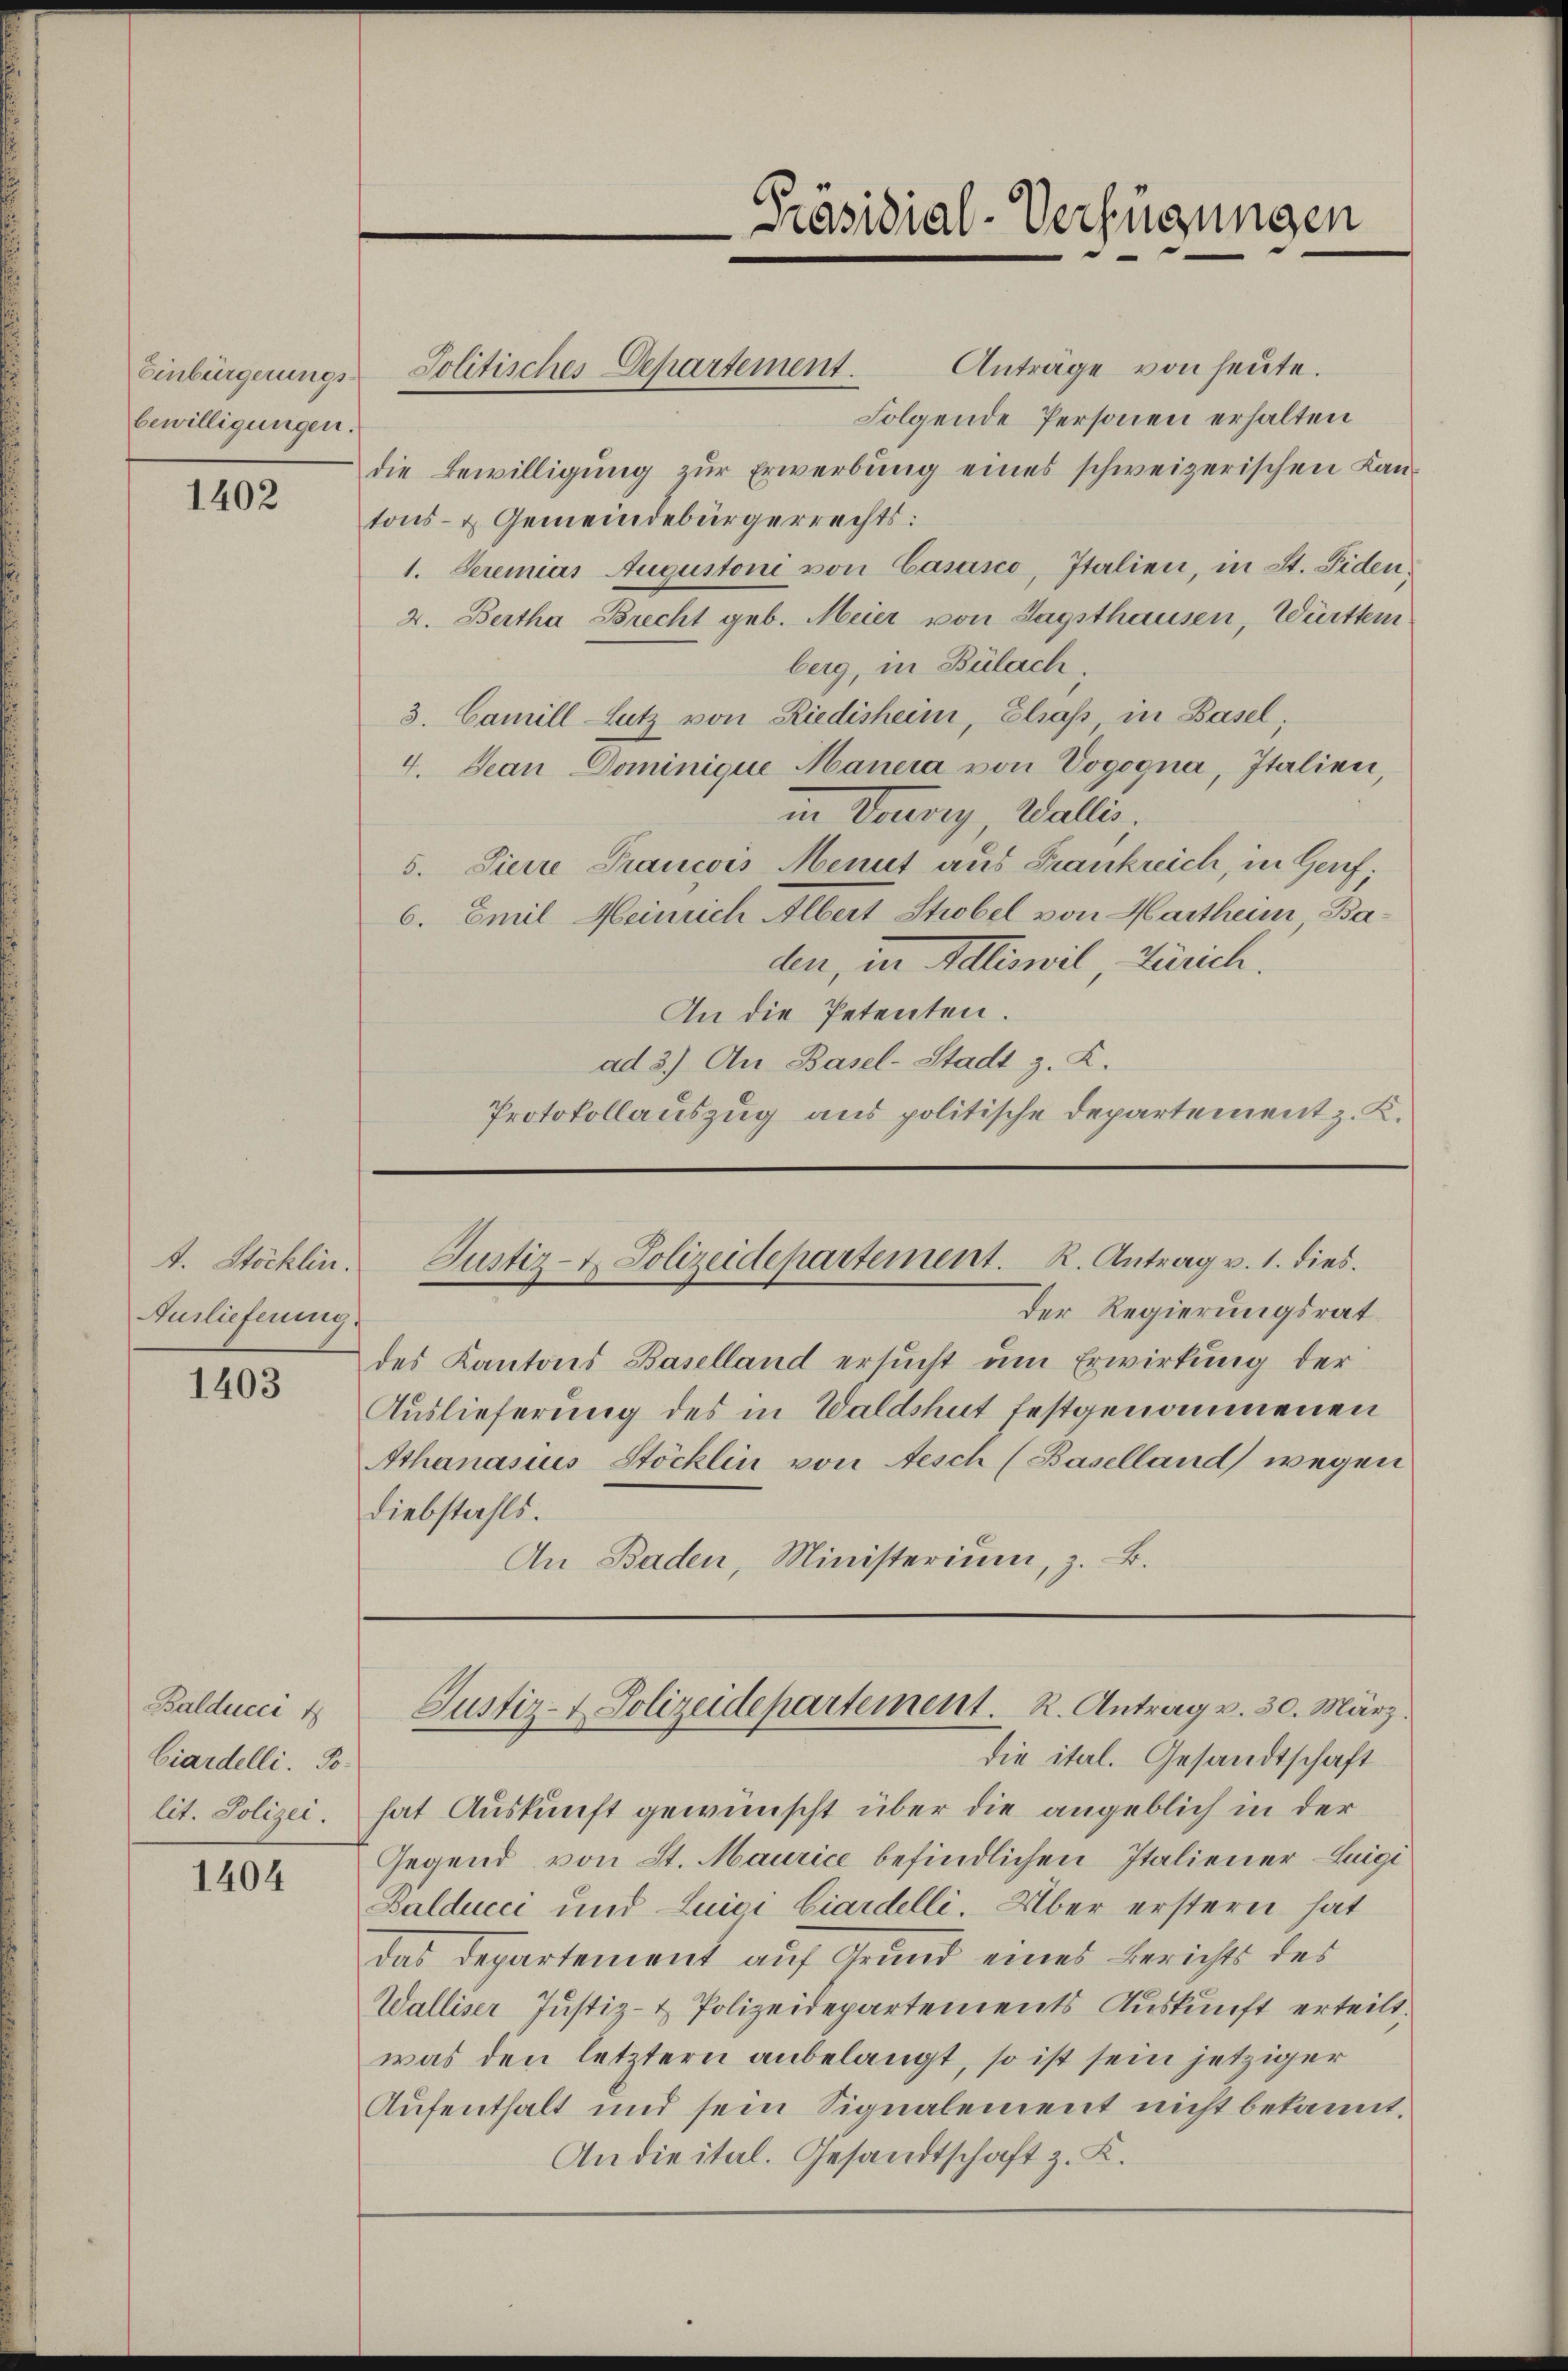
Einbürgerungsbewilligungen.

1402

t. Stöcklin.
Auslieferung.

1403

Balduccit
Ciardelli. Solit. Polizei.

1404

Präsidial-Verfügungen

Anträge von heute.
Jolitisches Departement.
Folgende Personen erhalten
die Bewilligung zur Erwerbung eines schweizerischen Kantons- & Gemeindebürgerrechts:
1. Seremias Augustoni von Casasco, Italien, in St. Fiden¬
2. Bertha Brecht geb. Meier von Tagsthausen, Württem
berg, in Bülach.
3. Camill-Sutz von Riedisheim, Elsaß in Basel;
4. Jean Dominique Mauera von Vogogna, Italien,
in Taurig, Walli
5. Pierre Prancois Menit aus Frankreich, in Geref
6. Emil Heinrich Albert Strobel von Martheim, Baden, in Delliswil, Zürich.
An die Petenten.
ad 3.) An Basel-Stadt z. K.
Protokollauszug aus politische Departement z. K.

Justiz- u. Polizeidepartement. R. Antrag v. 1. dies.

Der Regierungsrat
des Kantons Baselland ersucht um Erwirkung der
Auslieferung des in Waldshut festgenommenen
Athanasius Stöcklin von Aesch (Baselland wegen
Diebstahls.
An Baden, Ministerium, z. B.

die ital. Gesandtschaft
hat Auskunft gewünscht über die angeblich in der
Gegend von St. Maurice befindlichen Italiener-Luigi
Balducci und Luici Ciardelli. Über erstern hat
das Departement auf Grund eines Berichts des
Walliser Justiz- & Polizeidepartements Auskunft erteilt.
was den letztern anbelangt, so ist sein jetziger
Aufenthalt und sein Signalement nicht bekannt.
Andieital. Gesandtschaft z. K.

Justiz- & Polizeidepartement. R. Antrag v. 30. März.